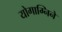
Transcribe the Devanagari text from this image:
योगाग्निने